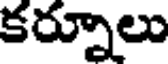
కర్నూలు